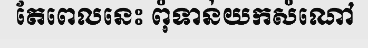
តែពេលនេះ ពុំទាន់យកសំណៅ